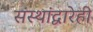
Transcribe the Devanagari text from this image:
संस्थांद्वारेही